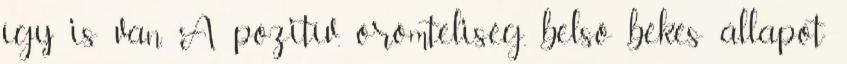
így is van. A pozitív, örömteliség, belső békés állapot